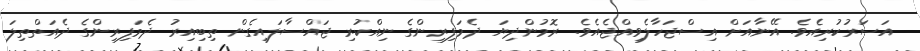
އަސަރުކުރިއެވެ. އޭނާއަށް އިސްޖަހާލެވިއްޖެއެވެ. ރޮމުންދިޔަ ދެމަފިރިންގެ ނިއްކުރި ޖައްސާލައިގެން ތިބިއިރު ދެމަފިރިންގެ ދެއަތްތިލަ